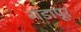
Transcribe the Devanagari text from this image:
गंडापूर